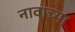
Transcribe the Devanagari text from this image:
नावाच्‍या